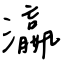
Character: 瀛